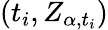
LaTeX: (t_{i},Z_{\alpha,t_{i}})